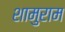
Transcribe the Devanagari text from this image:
शामुराम